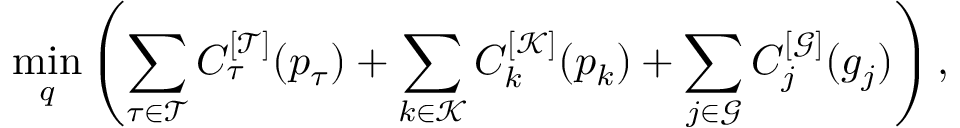
\operatorname* { m i n } _ { q } \left( \sum _ { \tau \in \mathcal { T } } C _ { \tau } ^ { [ \mathcal { T } ] } ( p _ { \tau } ) + \sum _ { k \in \mathcal { K } } C _ { k } ^ { [ \mathcal { K } ] } ( p _ { k } ) + \sum _ { j \in \mathcal { G } } C _ { j } ^ { [ \mathcal { G } ] } ( g _ { j } ) \right) ,